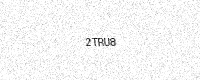
Text: 2TRU8